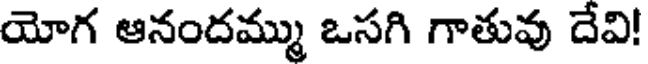
యోగ ఆనందమ్ము ఒసగి గాతువు దేవి!